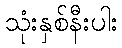
သုံးနှစ်နီးပါး